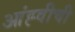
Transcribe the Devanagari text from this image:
आंह्वीची